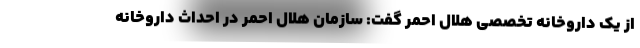
از یک داروخانه تخصصی هلال احمر گفت: سازمان هلال احمر در احداث داروخانه